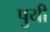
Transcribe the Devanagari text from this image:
पुयी